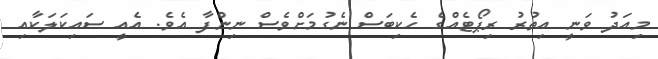
މިއަދު ވަނީ އިތުރު ރިޕޯޓެއްގެ ހެކިބަސް ނެގުމަށްވެސް ނިންފާ އެވެ. އެއީ ސައިކަލަކާއި